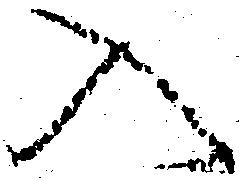
入